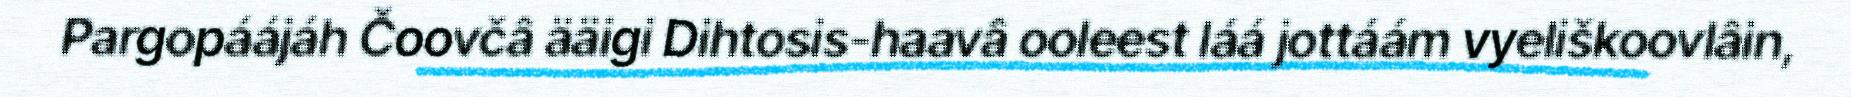
Pargopáájáh Čoovčâ ääigi Dihtosis-haavâ ooleest láá jottáám vyeliškoovlâin,